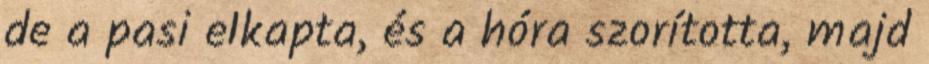
de a pasi elkapta, és a hóra szorította, majd